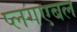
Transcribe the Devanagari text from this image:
प्लगएबल